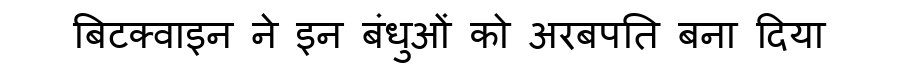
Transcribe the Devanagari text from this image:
बिटक्वाइन ने इन बंधुओं को अरबपति बना दिया